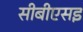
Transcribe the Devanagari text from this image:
सीबीएसइ